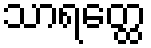
သာရတ္ထေ